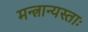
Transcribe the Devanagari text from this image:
मन्त्रान्यस्ताः